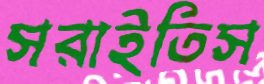
সরাইতিস